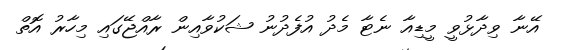
އޭނާ ވިދާޅުވީ މީޑިއާ ނެޓާ މެދު އުފެދުނު ޝަކުވާއިން ރާއްޖޭގައި މިހާރު އޮތް